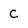
Character: C